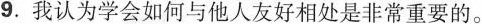
9.我认为学会如何与他人友好相处是非常重要的。